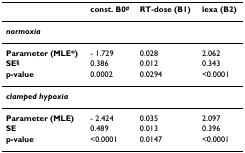
<table><thead><tr><td></td><td><b>const. B0<sup>#</sup></b></td><td><b>RT-dose (B1)</b></td><td><b>lexa (B2)</b></td></tr></thead><tbody><tr><td><b><i>normoxia</i></b></td><td></td><td></td><td></td></tr><tr><td><b>Parameter (MLE*)</b></td><td>- 1.729</td><td>0.028</td><td>2.062</td></tr><tr><td><b>SE<sup>§</sup></b></td><td>0.386</td><td>0.012</td><td>0.343</td></tr><tr><td><b>p-value</b></td><td>0.0002</td><td>0.0294</td><td>&lt;0.0001</td></tr><tr><td><b><i>clamped hypoxia</i></b></td><td></td><td></td><td></td></tr><tr><td><b>Parameter (MLE)</b></td><td>- 2.424</td><td>0.035</td><td>2.097</td></tr><tr><td><b>SE</b></td><td>0.489</td><td>0.013</td><td>0.396</td></tr><tr><td><b>p-value</b></td><td>&lt;0.0001</td><td>0.0147</td><td>&lt;0.0001</td></tr></tbody></table>